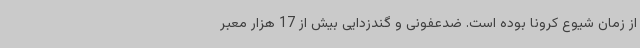
از زمان شیوع کرونا بوده است. ضدعفونی و گندزدایی بیش از 17 هزار معبر